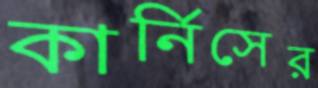
কার্নিসের